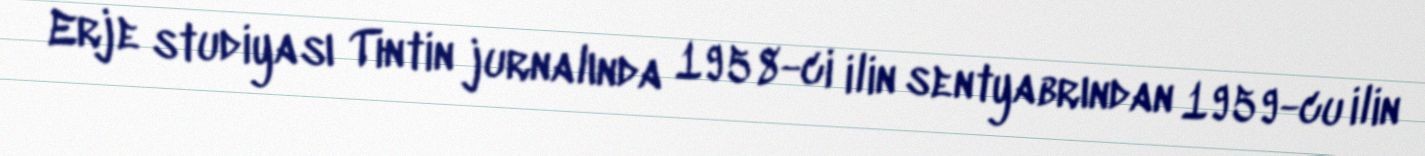
Erje studiyası Tintin jurnalında 1958-ci ilin sentyabrından 1959-cu ilin